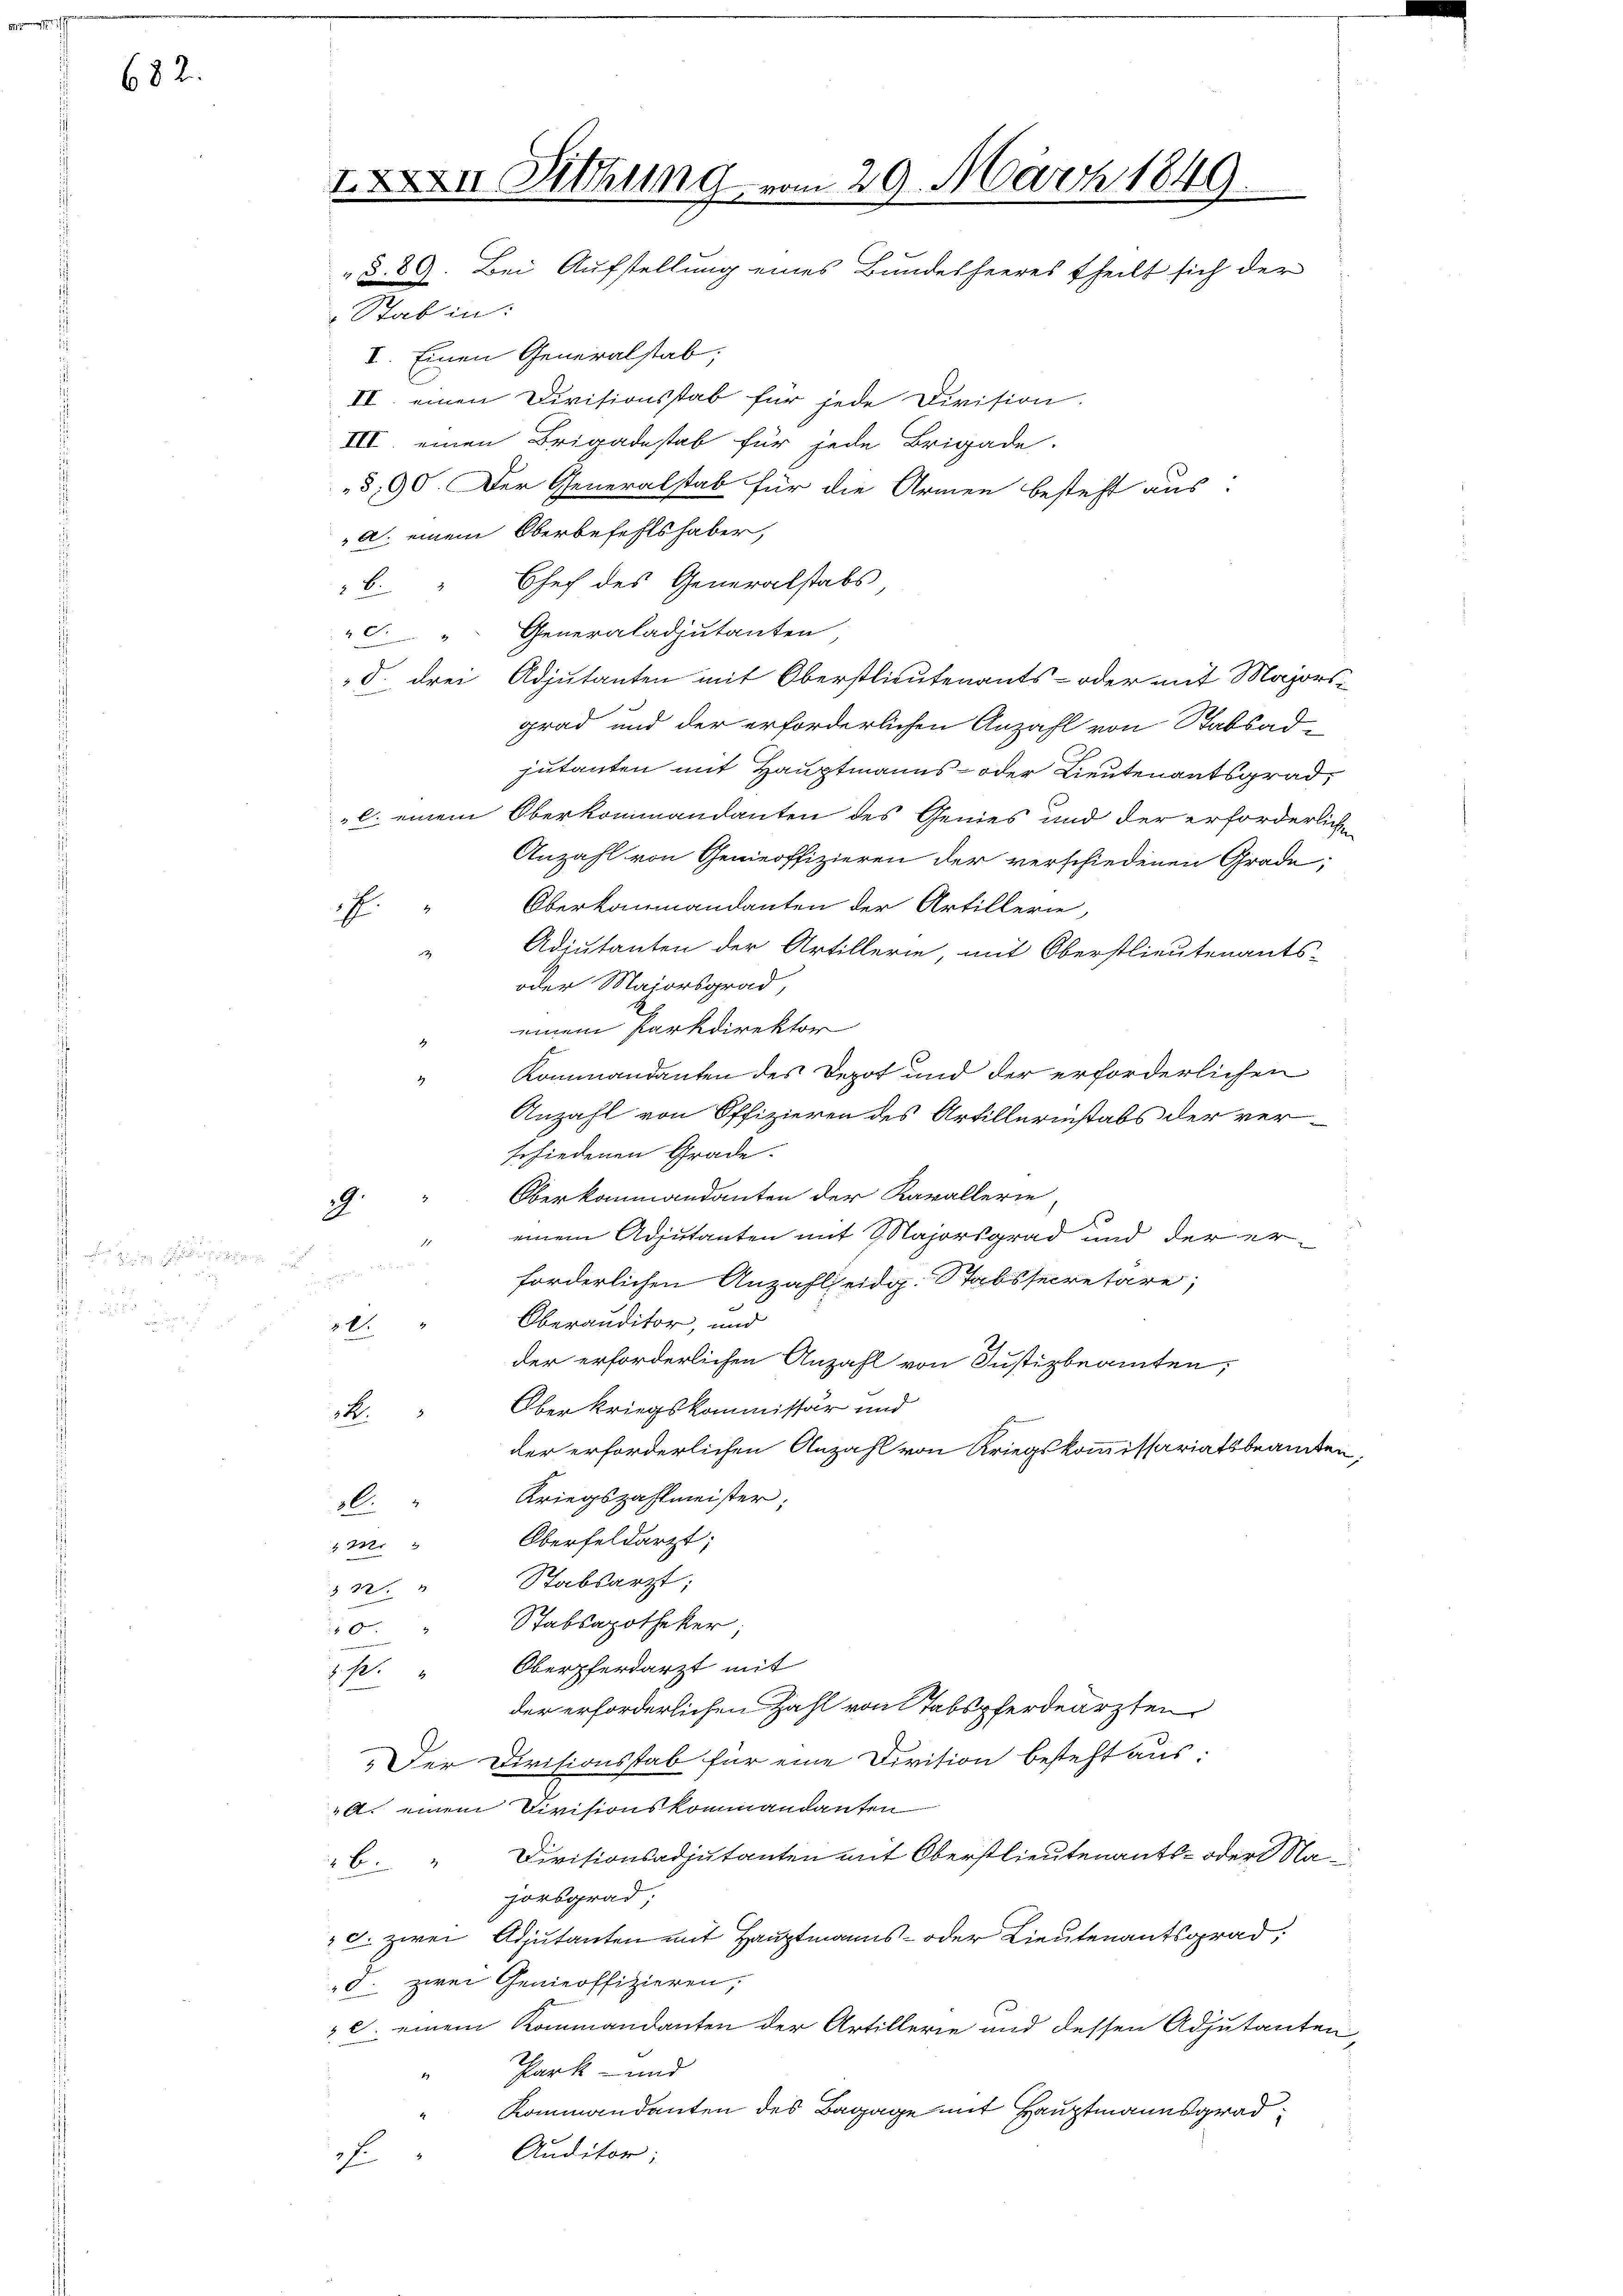
682.

IXXXVII Ahung vom 29. März 1849.
„§. 89. Bei Aufstellung eines Bundesheeres theilt sich der
 Stab in:

V. Einen Generalstab;
II. einen Divisionsstab für jede Division.
III. einen Brigadestab für jede Brigade.
§ 90. Der Generalstab für die Armen besteht aus:
a. einem Oberbefehlshaber,
Chef des Generalstabs
2.
" " Generaladjutanten,
S. drei Adjutanten mit Oberstlieutenants- oder mit Majorsgrad und der erforderlichen Anzahl von Stabsadjutanten mit Hauptmanns- oder Lieutenantsgrad,
C. einem Oberkommandanten des Genies und der erforderlich¬
Anzahl von Genieoffizieren der verschiedenen Grade,
Oberkommandanten der Artillerie,
.
Adiutanten der Artillerie, mit Oberstlieutenants-

oder Majorsgrad,
einem Parkdirektor
Kommandanten des Depot und der erforderlichen
Anzahl von Offizieren des Artillerinstabs der ver-
schiedenen Grade.
Oberkommandanten der Kavallerie-
2
einem Adjutanten mit Majorsgrad und der er¬
1
i
forderlichen Anzahl eidg. Stabssecretäre;
Oberauditor, und
3.2.
der erforderlichen Anzahl von Justizbeamten,
 Oberkriegskommissär und
R.
der erforderlichen Anzahl von Kriegskommissariatsbeamten,
Kriegszahlmeister;
l.
Oberfeldarzt;
M.
Stabsarzt;
.
Stabsapotheker;
0
p. " Oberpferdarzt mit
der erforderlichen Zahl von Tabspferdearzten
„Der Divisionsstab für eine Division besteht aus:
A. einem Divisionskommandanten
Divisionsadjutanten mit Oberstlieutenants- oder Na¬
 b
Forsgrad,
". zwei Adjutanten mit Hauptmanns- oder Lieutenantsgrad,
". zwei Genieoffizieren,
C. einem Kommandanten der Artillerie und dessen Adjutanten,
Park- und
Kommandanten des Bagage mit Hauptmannsgrad
Auditor;